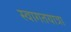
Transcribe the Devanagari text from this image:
स्वागतयात्रा